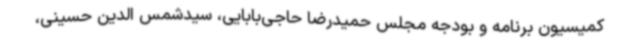
کمیسیون برنامه و بودجه مجلس حمیدرضا حاجی‌بابایی، سیدشمس الدین حسینی،